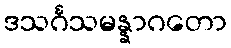
ဒသင်္ဂသမန္နာဂတော